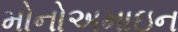
મોનોઅમાઇન